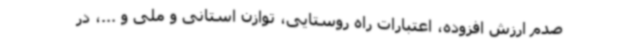
صدم ارزش افزوده، اعتبارات راه روستایی، توازن استانی و ملی و ...، در